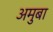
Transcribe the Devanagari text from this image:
अमुबा